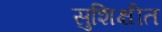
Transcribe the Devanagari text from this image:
सुशिक्षीत